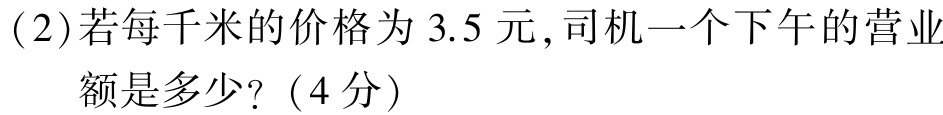
(2)若每千米的价格为$3.5$元,司机一个下午的营业额是多少?（4分）